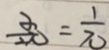
\frac { x } { 2 \pi } = \frac { 1 } { \pi }